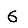
Digit: 6